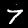
Digit: 7